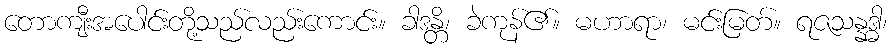
တောကျီးအပေါင်းတို့သည်လည်းကောင်း။ ခါဒန္တိ၊ ခဲကုန်၏။ မဟာရာ၊ မင်းမြတ်။ ရဇသန္နဒ္ဓါ၊